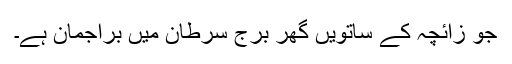
جو زائچہ کے ساتویں گھر برجِ سرطان میں براجمان ہے۔